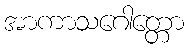
အာကာသဂေါတ္တော